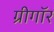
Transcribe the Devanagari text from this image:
ग्रीगॉर